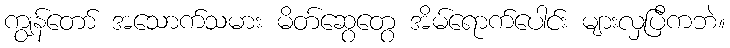
ကျွန်တော် အသောက်သမား မိတ်ဆွေတွေ အိမ်ရောက်ပေါင်း များလှပြီကဘဲ။